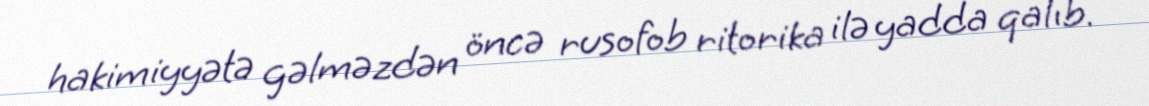
hakimiyyətə gəlməzdən öncə rusofob ritorika ilə yadda qalıb.